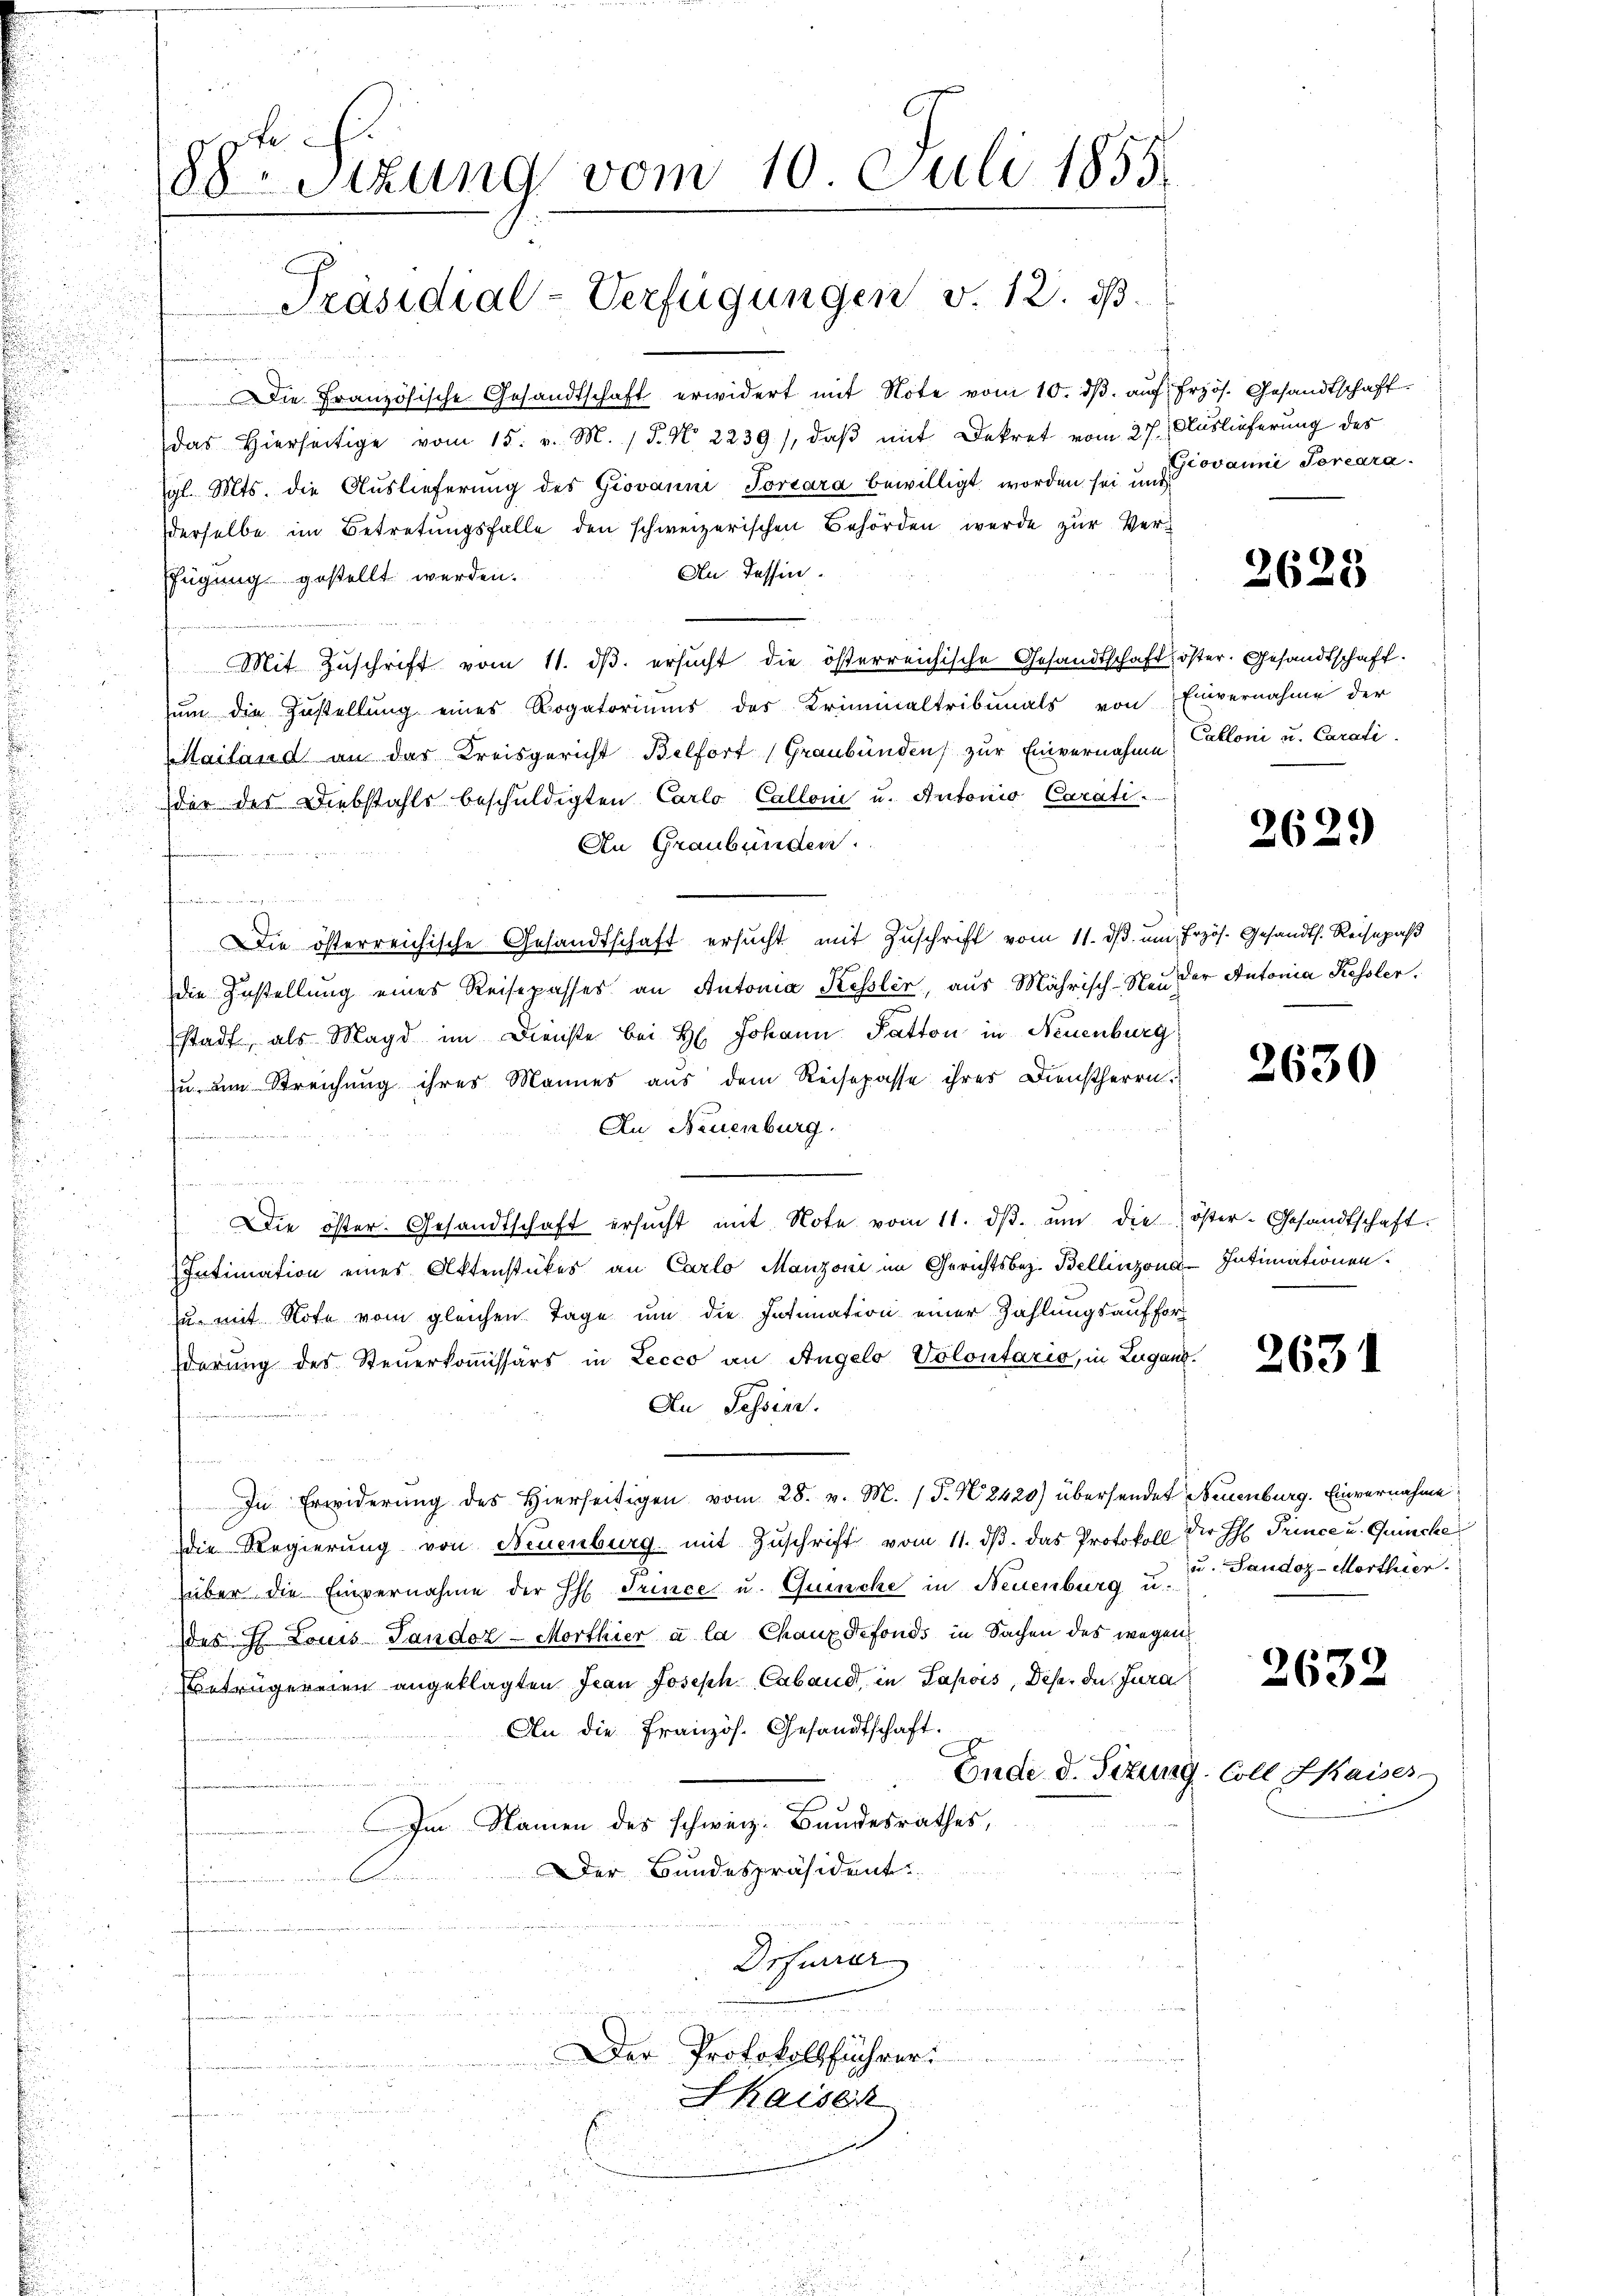
1
88. Sitzung vom 10. Juli 1855

Präsidial-Verfügungen v. 12. ds.

Die Französische Gesandtschaft erwidert mit Note vom 10. dβ aŭf frzös. Gesandtschaft.
das hierseitige vom 15. v. M. / 5. No 2239), daβ mit Dekret vom 27. Auslieferung des
gl. Mts. die Auslieferung des Giovanni, Torcara bewilligt worden sei und ovanni Torearaderselbe im Betretungsfalle den schweizerischen Behörden werde zur Ver¬
An Tessin.
fügung gestellt werden.
Mit Zŭschrift vom 11. dβ. ersŭcht die österreichische Gesandtschaft öster. Gesandtschaft.
ŭm die Zustellŭng eines Rogatoriums des Kriminaltribunals von Einvernahme der
Mailand an das Kreisgericht Belfort (Graubünden, zur Einvernahme Calloni u. Carati
der des Diebstahls beschuldigten Carlo Calloni u. Antonio Carati
An Graubünden.
n
die österreichische Gesandtschaft ersŭcht mit Zuschrift vom 11. dβ. um Erzös. Gesandts. Reisepaß
die Zustellung eines Reisepasses an Antonia Kessler, aus Mährisch-Neu der Antonia Kessler.
stadt, als Magd im Dienste bei H. Johann Patton in Neuenburg
u dem Streichung ihres Mannes aus dem Reisepasse ihres Dienstherrn.
An Neuenburg.
Die öster. Gesandtschaft ersŭcht mit Note vom 11. dβ. ŭm die öster-Gesandtschaft.
Intimation eines Aktenstückes an Carlo Manzoni im Gerichtsbez. Bellinzona-Intimationen
zu mit Note vom gleichen Tage um die Intimation einer Zahlungsaufforderung des Steuerkomissärs in Lecco an Angelo Volontario, in Zugano.
An Tessin.
e
In Erwiderung des Hierseitigen vom 28. v. M. P. N. 2420) übersendet Neuenburg. Einvernahme,
die Regierung von Neuenburg mit Zŭschrift vom 11. dβ. das Protokoll der H Prince u. Quinche
über die Einvernahme der H. Trince u. Quinche in Neuenburg u. 3. Tandoz-Morthier.
des H. Louis Tandor-Morthier à la Chauxdefonds in Sachen des wegen
Betrügereien angeklagten Jean Joseph Caband, in Sapois, Deser des Jura
An die Französ. Gesandtschaft.
Im Namen des schweiz. Bundesrathes,
Der Bundespräsident
A.
Drfurrer
g an ein einen und nun

Der Protokollführer
Shaiser
t

Ende d. Sitzung Coll Skaiser-

2623

2629

2630

263